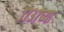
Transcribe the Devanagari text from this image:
१७३७च्या